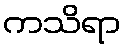
ကသိရာ